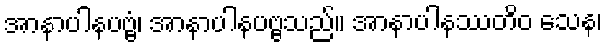
အာနာပါနပဗ္ဗံ၊ အာနာပါနပဗ္ဗသည်။ အာနာပါနဿတိဝ သေန၊